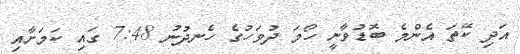
އަދި ކޭތަ އެންމެ ބޮޑުވާނީ ހޯމަ ދުވަހުގެ ހެނދުނު 7:48 ގައި ކަމަށާއި